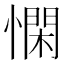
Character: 𢡿